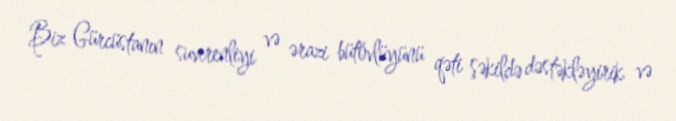
Biz Gürcüstanın suverenliyi və ərazi bütövlüyünü qəti şəkildə dəstəkləyirik və